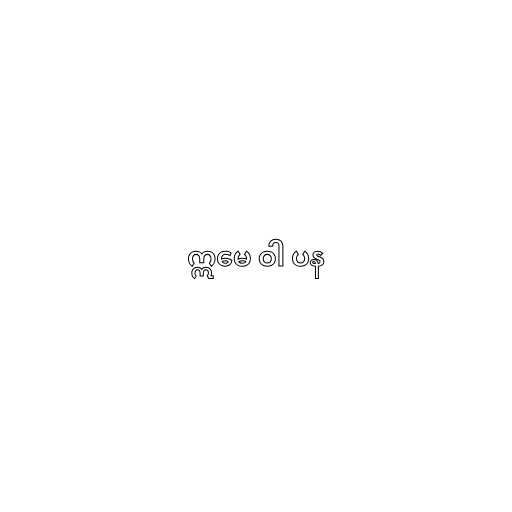
ဣမေ ဝါ ပန